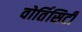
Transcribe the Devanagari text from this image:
वोर्तिसिटी